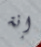
إنة